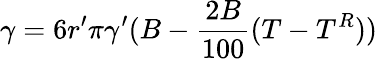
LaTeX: \gamma=6r^{\prime}\pi\gamma^{\prime}(B-{\frac{2B}{100}}(T-T^{R}))